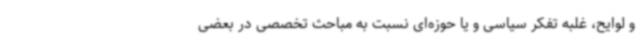
و لوایح، غلبه تفکر سیاسی و یا حوزه‌ای نسبت به مباحث تخصصی در بعضی